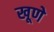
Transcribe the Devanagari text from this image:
खूणे